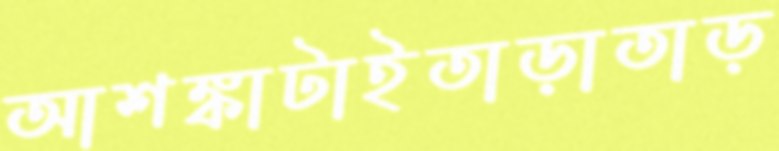
আশঙ্কাটাইতাড়াতাড়